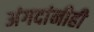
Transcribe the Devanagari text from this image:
अंगदांनीही